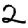
Digit: 2